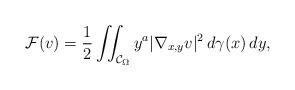
LaTeX: \begin{align*}\mathcal{F}(v)=\frac{1}{2}\iint_{\mathcal{C}_{\Omega}}y^a|\nabla_{x,y}v|^{2}\,d\gamma(x)\,dy, \end{align*}